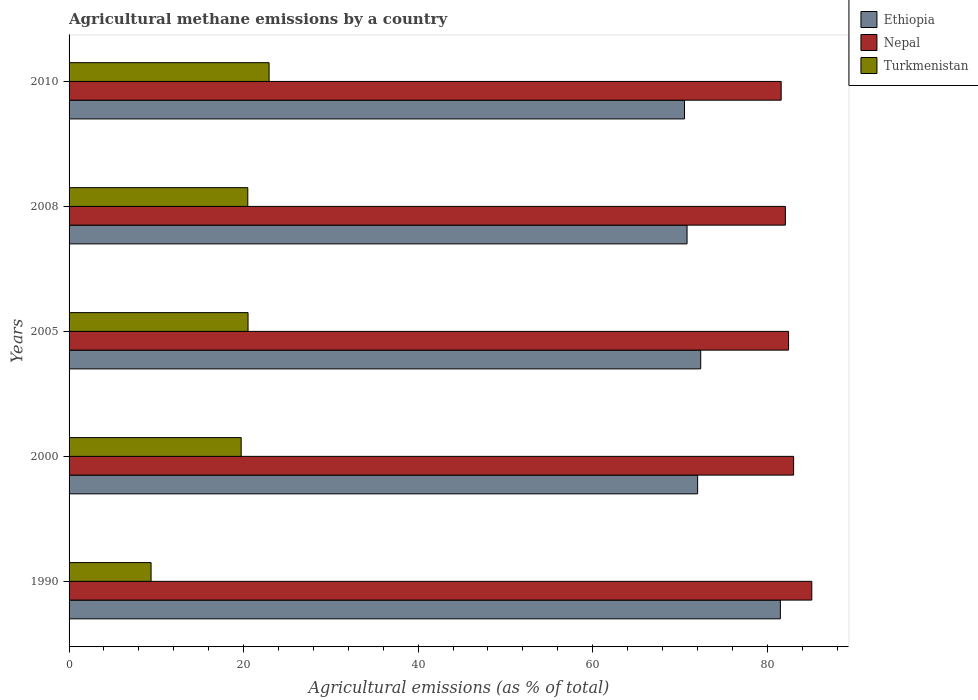
| Years | Ethiopia | Nepal | Turkmenistan |
 | --- | --- | --- | --- |
 | 1990 | 81.5 | 85.1 | 9.4 |
 | 2000 | 72 | 83 | 19.7 |
 | 2005 | 72.4 | 82.4 | 20.5 |
 | 2008 | 70.8 | 82.1 | 20.5 |
 | 2010 | 70.5 | 81.6 | 22.9 |